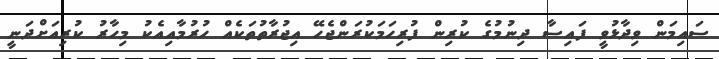
ސައިމަން ވިދާޅުވީ ފައިސާ ދިނުމުގެ ކުރިން ފުރިހަމަކުރަންޖެހޭ އިޖުރާތުތަކެއް ހުރުމާއިއެކު މިހާރު ކުރިއަށްދަނީ